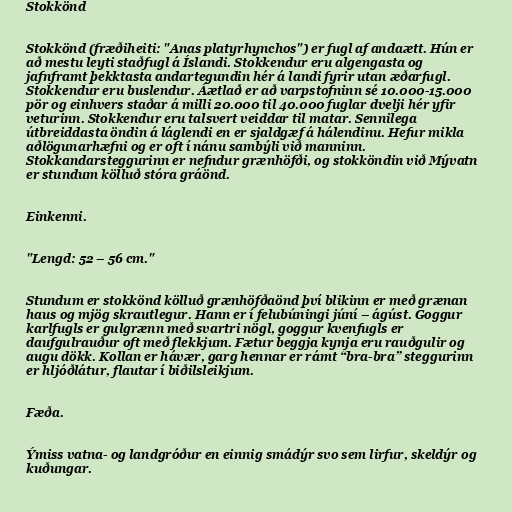
Stokkönd

Stokkönd (fræðiheiti: "Anas platyrhynchos") er fugl af andaætt. Hún er
að mestu leyti staðfugl á Íslandi. Stokkendur eru algengasta og
jafnframt þekktasta andartegundin hér á landi fyrir utan æðarfugl.
Stokkendur eru buslendur. Áætlað er að varpstofninn sé 10.000-15.000
pör og einhvers staðar á milli 20.000 til 40.000 fuglar dvelji hér yfir
veturinn. Stokkendur eru talsvert veiddar til matar. Sennilega
útbreiddasta öndin á láglendi en er sjaldgæf á hálendinu. Hefur mikla
aðlögunarhæfni og er oft í nánu sambýli við manninn.
Stokkandarsteggurinn er nefndur grænhöfði, og stokköndin við Mývatn
er stundum kölluð stóra gráönd.

Einkenni.

"Lengd: 52 – 56 cm."

Stundum er stokkönd kölluð grænhöfðaönd því blikinn er með grænan
haus og mjög skrautlegur. Hann er í felubúningi júní – ágúst. Goggur
karlfugls er gulgrænn með svartri nögl, goggur kvenfugls er
daufgulrauður oft með flekkjum. Fætur beggja kynja eru rauðgulir og
augu dökk. Kollan er hávær, garg hennar er rámt “bra-bra” steggurinn
er hljóðlátur, flautar í biðilsleikjum.

Fæða.

Ýmiss vatna- og landgróður en einnig smádýr svo sem lirfur, skeldýr og
kuðungar.